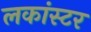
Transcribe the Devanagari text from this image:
लकांस्टर